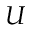
\boldsymbol { U }